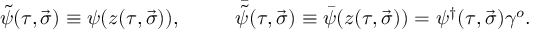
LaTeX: \tilde { \psi } ( \tau , \vec { \sigma } ) \equiv \psi ( z ( \tau , \vec { \sigma } ) ) , ~ ~ ~ ~ ~ ~ ~ ~ { \bar { \tilde { \psi } } } ( \tau , \vec { \sigma } ) \equiv \bar { \psi } ( z ( \tau , \vec { \sigma } ) ) = \psi ^ { \dagger } ( \tau , \vec { \sigma } ) \gamma ^ { o } .